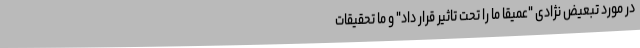
در مورد تبعیض نژادی "عمیقا ما را تحت تاثیر قرار داد" و ما تحقیقات